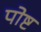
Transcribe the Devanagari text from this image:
पोष्ट